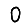
Digit: 0